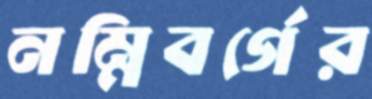
নম্নিবর্গের